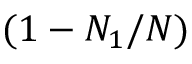
( 1 - N _ { 1 } / N )